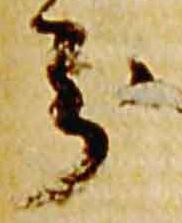
分